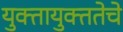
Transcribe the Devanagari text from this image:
युक्तायुक्ततेचे